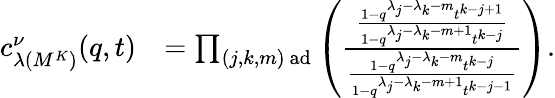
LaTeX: \begin{array}{rl}{c_{\lambda(M^{K})}^{\nu}(q,t)}&{=\prod_{(j,k,m)\mathrm{~ad}}\left(\frac{\frac{1-q^{\lambda_{j}-\lambda_{k}-m}t^{k-j+1}}{1-q^{\lambda_{j}-\lambda_{k}-m+1}t^{k-j}}}{\frac{1-q^{\lambda_{j}-\lambda_{k}-m}t^{k-j}}{1-q^{\lambda_{j}-\lambda_{k}-m+1}t^{k-j-1}}}\right).}\end{array}